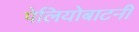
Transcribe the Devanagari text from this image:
पेलियोबाटनी